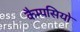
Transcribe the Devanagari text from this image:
कैम्पसियो